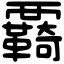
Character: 覉